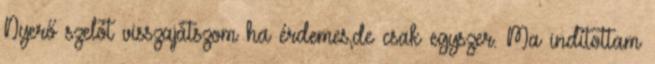
Nyerő szelót visszajátszom ha érdemes,de csak egyszer. Ma indítottam